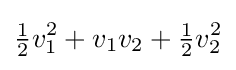
{\tfrac {1}{2}}v_{1}^{2}+v_{1}v_{2}+{\tfrac {1}{2}}v_{2}^{2}